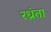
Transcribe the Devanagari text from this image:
रध्रंता